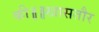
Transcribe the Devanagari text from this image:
की॥॥खासतौर